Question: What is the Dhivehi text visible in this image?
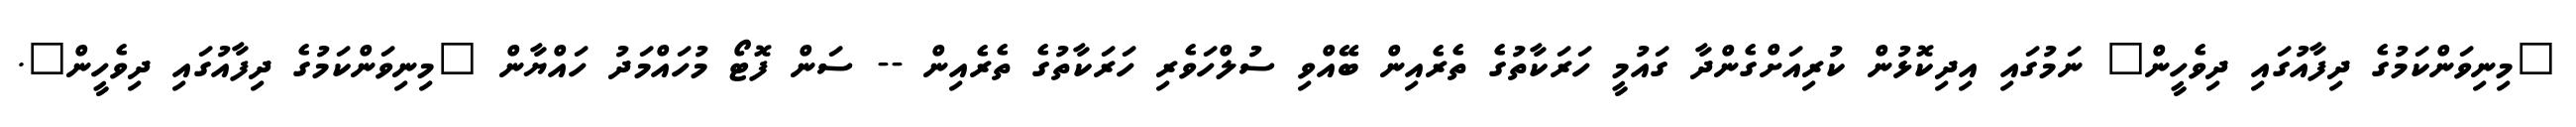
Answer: "މިނިވަންކަމުގެ ދިފާއުގައި ދިވެހީން" ނަމުގައި އިދިކޮޅުން ކުރިއަށްގެންދާ ގައުމީ ހަރަކާތުގެ ތެރެއިން ބޭއްވި ސުލްހަވެރި ހަރަކާތުގެ ތެރެއިން -- ސަން ފޮޓޯ މުހައްމަދު ހައްޔާން "މިނިވަންކަމުގެ ދިފާއުގައި ދިވެހީން".